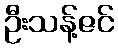
ဦးသန့်ဇင်